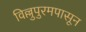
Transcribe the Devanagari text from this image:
विल्लुपुरमपासून